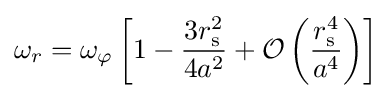
\omega _{r}=\omega _{\varphi }\left[1-{\frac {3r_{\text{s}}^{2}}{4a^{2}}}+{\mathcal {O}}\left({\frac {r_{\text{s}}^{4}}{a^{4}}}\right)\right]